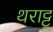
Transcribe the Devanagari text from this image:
थराट्टू